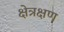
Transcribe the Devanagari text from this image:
क्षेत्रक्षण